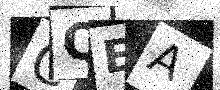
Text: CQEA